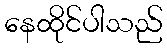
နေထိုင်ပါသည်